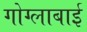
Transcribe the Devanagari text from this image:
गोग्लाबाई